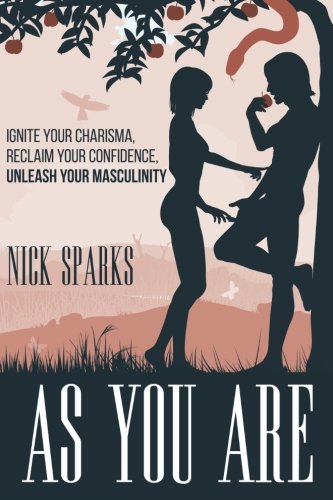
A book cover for As You Are: Ignite Your Charisma, Reclaim Your Confidence, Unleash Your Masculinity; Nick Sparks; Self-Help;